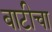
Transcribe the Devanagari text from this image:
बाटीचा